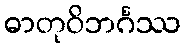
ဓာတုဝိဘင်္ဂဿ